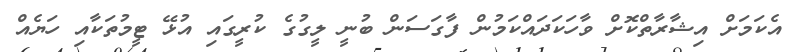
އެކަމަށް އިޝާރާތްކޮށް ވާހަކަދައްކަމުން ފާގަސަން ބުނީ ލީގުގެ ކުރީގައި އުޅޭ ޓީމުތަކާއި ހަޔެއް